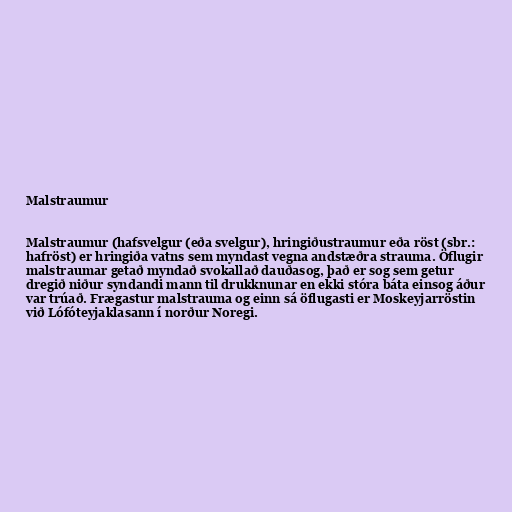
Malstraumur

Malstraumur (hafsvelgur (eða svelgur), hringiðustraumur eða röst (sbr.:
hafröst) er hringiða vatns sem myndast vegna andstæðra strauma. Öflugir
malstraumar getað myndað svokallað dauðasog, það er sog sem getur
dregið niður syndandi mann til drukknunar en ekki stóra báta einsog áður
var trúað. Frægastur malstrauma og einn sá öflugasti er Moskeyjarröstin
við Lófóteyjaklasann í norður Noregi.